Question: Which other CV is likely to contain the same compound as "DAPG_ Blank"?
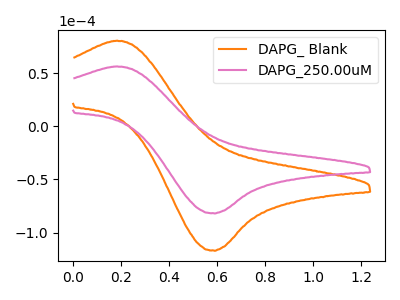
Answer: <think>The orange curve "DAPG_ Blank" has an anodic peak at (0.20V, 80.90uA) and a cathodic peak at (0.60V, -117.20uA). The pink curve "DAPG_250.00uM" has an anodic peak at (0.20V, 56.60uA) and a cathodic peak at (0.60V, -82.00uA).
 All the peaks in "DAPG_ Blank" have a peak in "DAPG_250.00uM" at the same potential. Every peak in "DAPG_ Blank" is higher than every peak in "DAPG_250.00uM".</think>
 <answer>The CV with the most similar shape to "DAPG_250.00uM" is "DAPG_ Blank".</answer>
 <eval>"DAPG_ Blank"</eval>